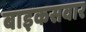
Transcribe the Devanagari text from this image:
बाइकसवार